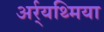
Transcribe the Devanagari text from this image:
अर्र्यथ्मिया